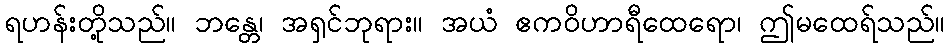
ရဟန်းတို့သည်။ ဘန္တေ၊ အရှင်ဘုရား။ အယံ ဧကဝိဟာရီထေရော၊ ဤမထေရ်သည်။